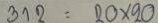
312 = 20 x 20